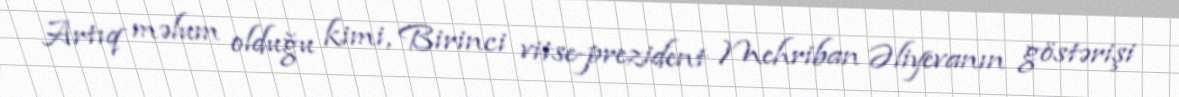
Artıq məlum olduğu kimi, Birinci vitse-prezident Mehriban Əliyevanın göstərişi